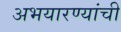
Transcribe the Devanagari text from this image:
अभयारण्यांची